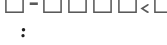
: